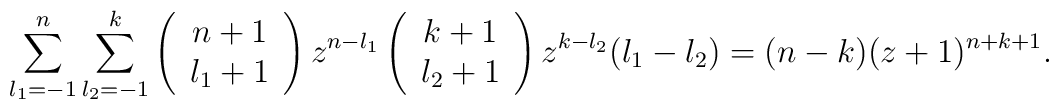
\sum_{l_{1}=-1}^{n} \sum_{l_{2}=-1}^{k}\left( \begin{array}{c} n+1 \\ l_{1}+1 \end{array} \right)z^{n-l_{1}}\left( \begin{array}{c} k+1 \\ l_{2}+1 \end{array} \right)z^{k-l_{2}} (l_{1}-l_{2})=(n-k) (z+1)^{n+k+1}.